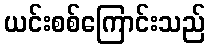
ယင်းစစ်ကြောင်းသည်